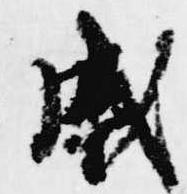
戚